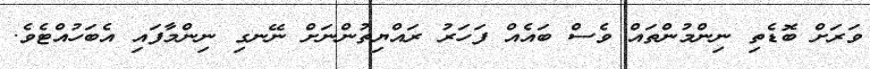
ވަރަށް ބޮޑެތި ނިންމުންތައް ވެސް ބައެއް ފަހަރު ރައްޔިތުންނަށް ނޭނގި ނިންމާފައި އެބަހުއްޓެވެ.